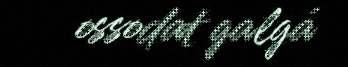
ossodat galgá